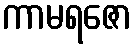
ကာမရဇော